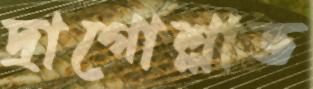
দ্রাগোশ্লাভ